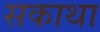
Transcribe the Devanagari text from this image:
सकाथा